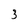
Character: 3